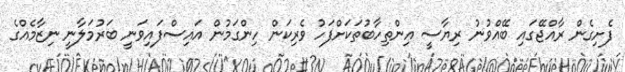
ފެށިގެން ރާއްޖޭގައި ބޭއްވުނު ރިޔާސީ އިންތިހާބުތަކަށްފަހު ވެރިކަން ހިންގަމުން އައިސްފައިވަނީ ބަރުމަލާނީ ނިޒާމެއްގެ